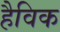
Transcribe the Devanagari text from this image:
हैविक